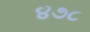
૪૭૮